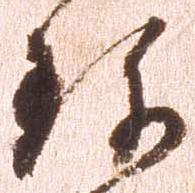
珍